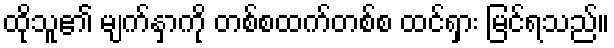
ထိုသူ၏ မျက်နှာကို တစ်စထက်တစ်စ ထင်ရှား မြင်ရသည်။